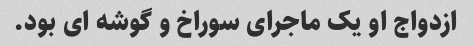
ازدواج او یک ماجرای سوراخ و گوشه ای بود.